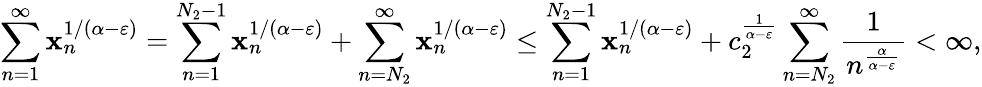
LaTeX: \sum_{n=1}^{\infty}\mathbf{x}_{n}^{1/(\alpha-\varepsilon)}=\sum_{n=1}^{N_{2}-1}\mathbf{x}_{n}^{1/(\alpha-\varepsilon)}+\sum_{n={N_{2}}}^{\infty}\mathbf{x}_{n}^{1/(\alpha-\varepsilon)}\leq\sum_{n=1}^{N_{2}-1}\mathbf{x}_{n}^{1/(\alpha-\varepsilon)}+c_{2}^{\frac{{1}}{{\alpha-\varepsilon}}}\sum_{n={N_{2}}}^{\infty}\frac{{1}}{{n^{\frac{{\alpha}}{{\alpha-\varepsilon}}}}}<\infty,